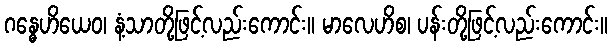
ဂန္ဓေဟိယေဝ၊ နံ့သာတို့ဖြင့်လည်းကောင်း။ မာလေဟိစ၊ ပန်းတို့ဖြင့်လည်းကောင်း။